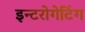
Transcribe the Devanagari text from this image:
इन्टरोगेटिंग